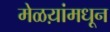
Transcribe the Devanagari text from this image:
मेळय़ांमधून